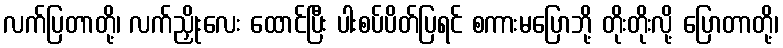
လက်ပြတာတို့၊ လက်ညှိုးလေး ထောင်ပြီး ပါးစပ်ပိတ်ပြရင် စကားမပြောဘို့ တိုးတိုးလို့ ပြောတာတို့၊